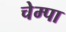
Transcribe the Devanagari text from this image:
चेम्पा